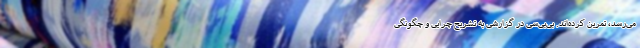
می‌رسد، تمرین کرده‌اند. بی‌بی‌سی در گزارشی به تشریح چرایی و چگونگی